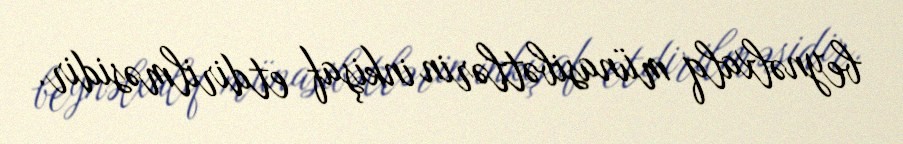
beynəlxalq münasibətlərin inkişaf etdirilməsidir.